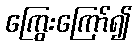
ကြွေးကြော်၍